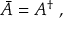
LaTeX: \bar { A } = A ^ { \dagger } \, \, ,